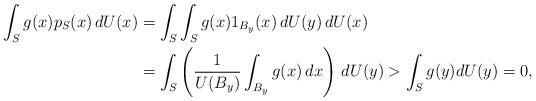
LaTeX: \begin{align*}\begin{aligned}\int_S g(x) p_{S}(x)\,dU(x) &= \int_S \int_S g(x) 1_{B_y}(x)\,dU(y)\,dU(x) \\&= \int_S \left(\frac{1}{U(B_y)}\int_{B_y} g(x)\,dx\right)\,dU(y) > \int_S g(y)dU(y) = 0,\end{aligned}\end{align*}